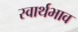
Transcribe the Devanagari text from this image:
स्वार्थभाव